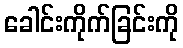
ခေါင်းကိုက်ခြင်းကို